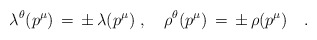
\begin{align*}\lambda^\theta(p^\mu)\,=\,\pm\,\lambda(p^\mu)\,\,,\quad\rho^\theta(p^\mu) \,=\,\pm\,\rho(p^\mu)\quad.\end{align*}